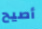
أصيح